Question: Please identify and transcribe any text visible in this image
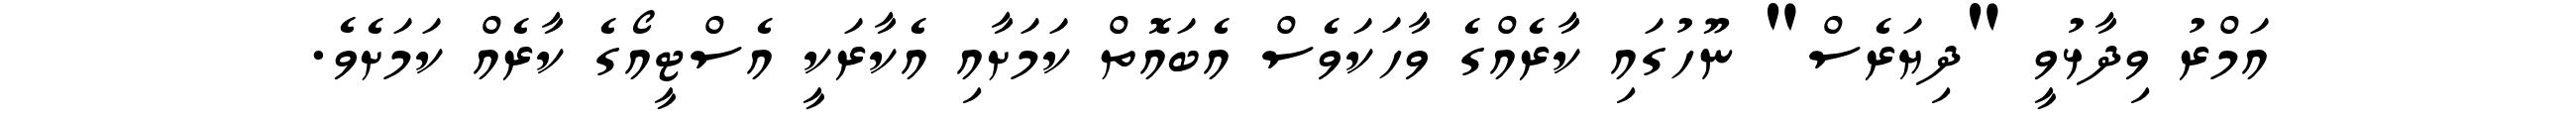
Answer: އަމްރު ވިދާޅުވީ "ދިޔަރެސް" ނޫހުގައި ކާރެއްގެ ވާހަކަވެސް އެބައޮތް ކަމަށާއި އެކާރަކީ އެސްޓީއޯގެ ކާރެއް ކަމަށެވެ.